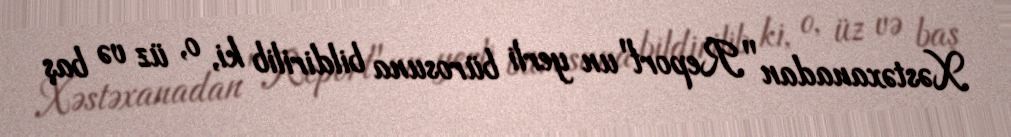
Xəstəxanadan "Report"un yerli bürosuna bildirilib ki, o, üz və baş